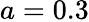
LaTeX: a=0.3